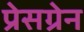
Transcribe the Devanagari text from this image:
प्रेसग्रेन